Vaccination Hyderabad 1890-1903 - 1890-1903
Year: 1890
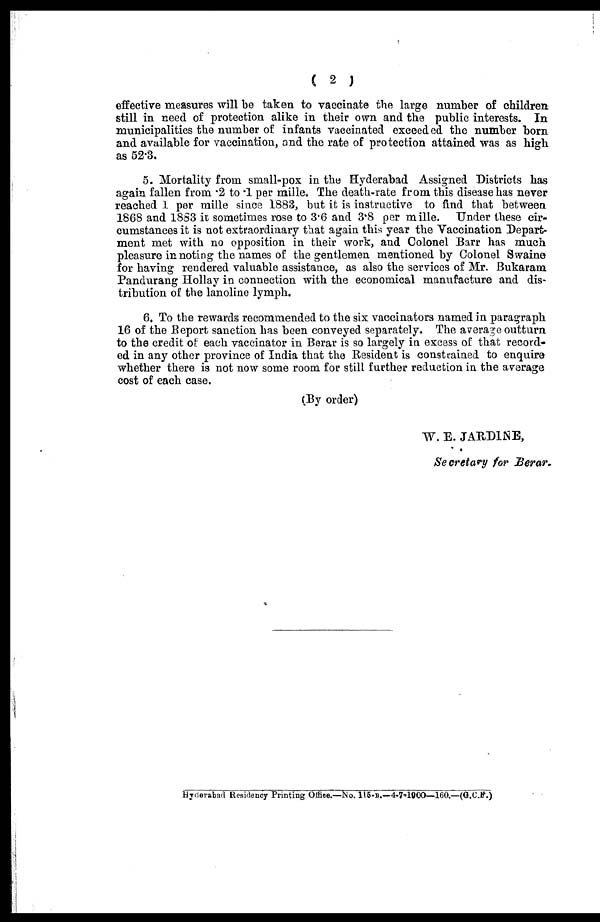
( 2 )
effective measures will be taken to vaccinate the large number of children:
still in need of protection alike in their own and the public interests. In
municipalities the number of infants vaccinated exceeded the number born
and available for vaccination, and the rate of protection attained was as high
as 52.3.
5. Mortality from small-pox in the Hyderabad Assigned Districts has
again fallen from .2 to .1 per mille. The death-rate from this disease has never
reached 1 per mille since 1883, but it is instructive to find that between
1868 and 1883 it sometimes rose to 3.6 and 3.8 per mille. Under these cir-
cumstances it is not extraordinary that again this year the Vaccination Depart-
ment met with no opposition in their work, and Colonel Barr has much
pleasure in noting the names of the gentlemen mentioned by Colonel Swaine
for having rendered valuable assistance, as also the services of Mr. Bukaram
Pandurang Hollay in connection with the economical manufacture and dis-
tribution of the lanoline lymph.
6. To the rewards recommended to the six vaccinators named in paragraph
16 of the Report sanction has been conveyed separately. The average outturn
to the credit of each vaccinator in Berar is so largely in excess of that record-
ed in any other province of India that the Resident is constrained to enquire
whether there is not now some room for still further reduction in the average
cost of each case.
(By order)
W. E. JARDINE,
Secretary for Berar.
Hyderabad Residency Printing Office.—No. 115-B.—4-7-1900—160.—(G.C.F.)